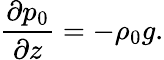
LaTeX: \frac{\partial p_{0}}{\partial z}=-\rho_{0}g.